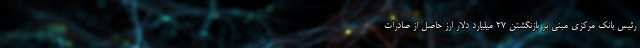
رئیس بانک مرکزی مبنی بر بازنگشتن 27 میلیارد دلار ارز حاصل از صادرات